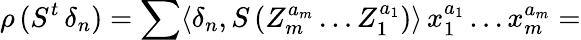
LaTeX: \rho\, (S^{t}\, \delta_{n})=\sum\langle\delta_{n},S\, (Z_{m}^{a_{m}}\ldots Z_{1}^{a_{1}})\rangle\, x_{1}^{a_{1}}\ldots x_{m}^{a_{m}}=